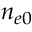
n _ { e 0 }